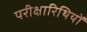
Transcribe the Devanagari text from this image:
परीक्षारिथियों